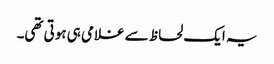
یہ ایک لحاظ سے غلامی ہی ہوتی تھی۔